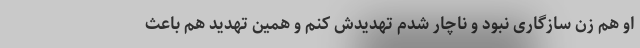
او هم زن سازگاری نبود و ناچار شدم تهدیدش کنم و همین تهدید هم باعث